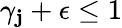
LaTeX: \gamma_{\mathbf{j}}+\epsilon\leq1